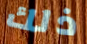
ذلك